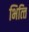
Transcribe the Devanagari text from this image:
भित्‍ति